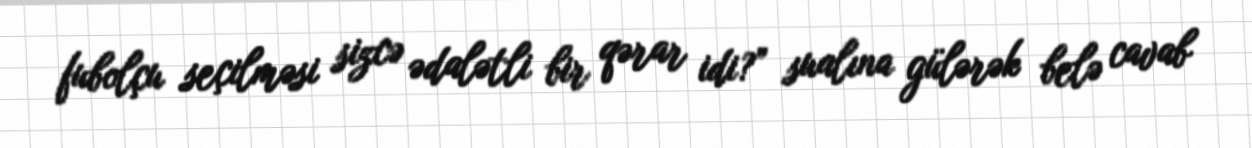
fubolçu seçilməsi sizcə ədalətli bir qərar idi?” sualına gülərək belə cavab